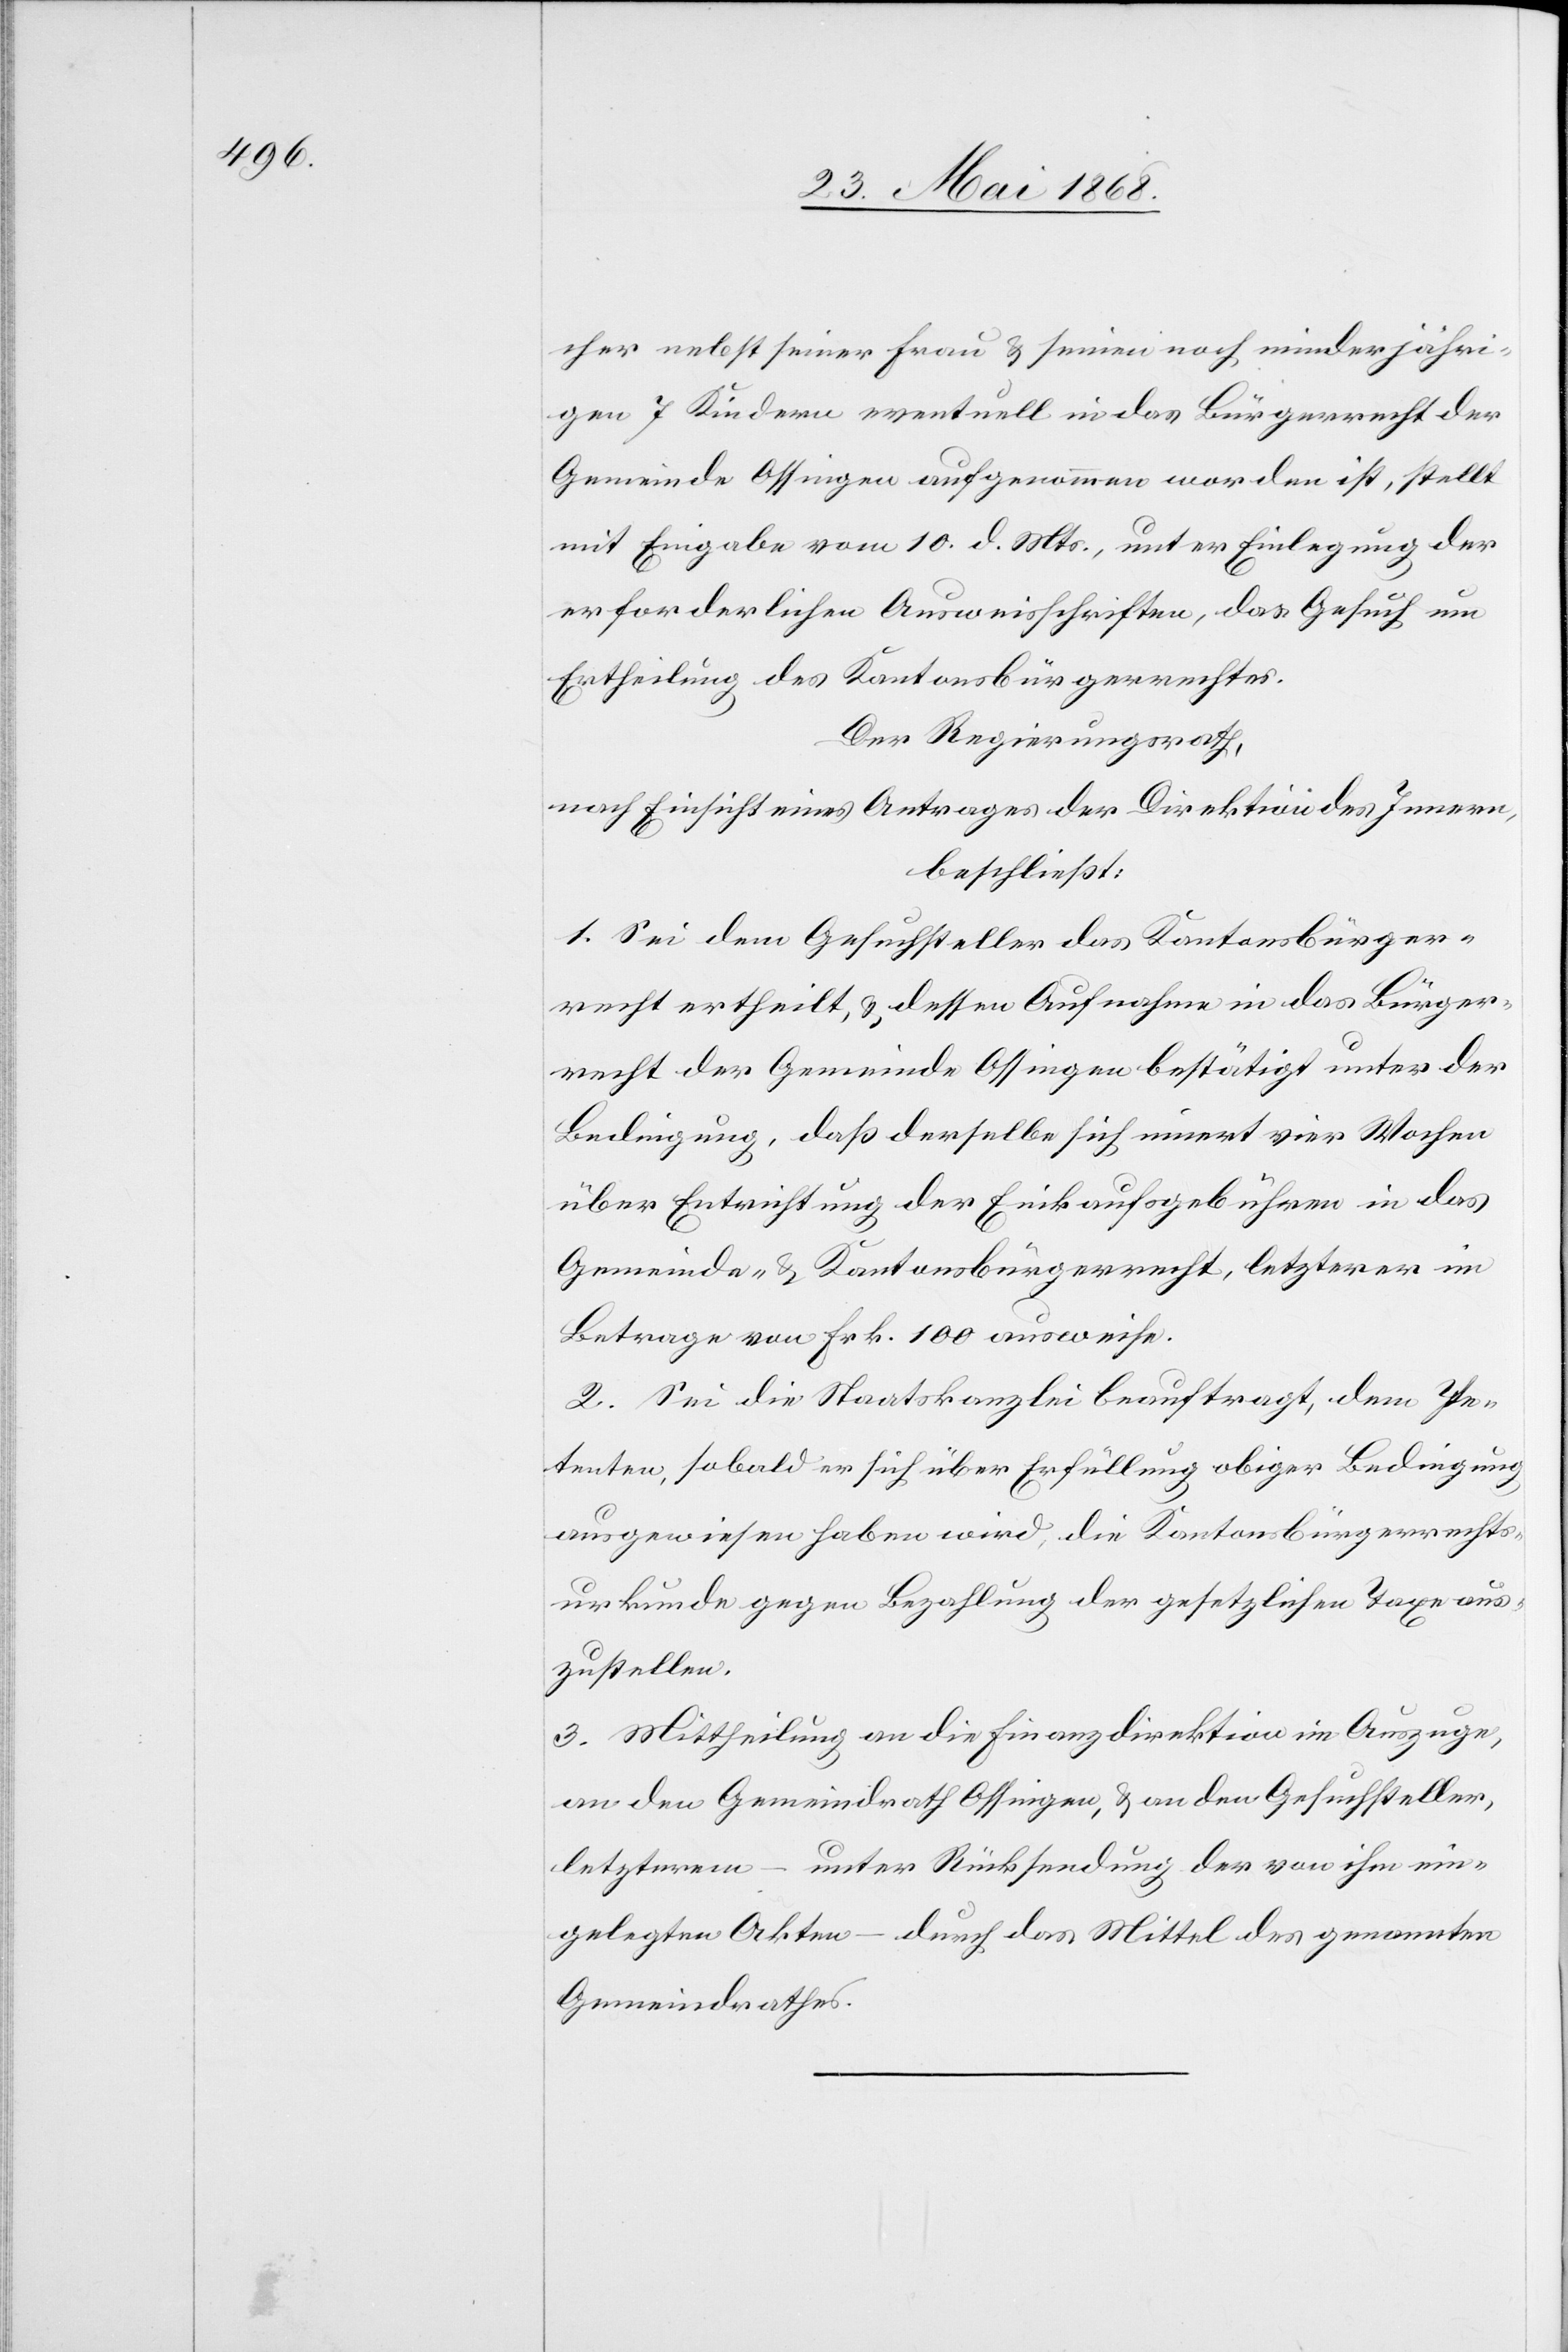
cher nebst seiner Frau & seinen noch minderjähri¬
gen 7 Kindern eventuell in das Bürgerrecht der
Gemeinde Ossingen aufgenommen worden ist, stellt
mit Eingabe vom 10. d. Mts., unter Einlegung der
erforderlichen Ausweisschriften, das Gesuch um
Ertheilung des Kantonsbürgerrechtes.
Der Regierungsrath,
nach Einsicht eines Antrages der Direktion des Innern,
beschließt:
1. Sei dem Gesuchsteller das Kantonsbürger¬
recht ertheilt, & dessen Aufnahme in das Bürger¬
recht der Gemeinde Ossingen bestätigt unter der
Bedingung, daß derselbe sich innert vier Wochen
über Entrichtung der Einkaufsgebühren in das
Gemeinde- & Kantonsbürgerrecht, letzterer im
Betrage von Frk. 100 ausweise.
2. Sei die Staatskanzlei beauftragt, dem Pe¬
tenten, sobald er sich über Erfüllung obiger Bedingung
ausgewiesen haben wird, die Kantonsbürgerrechts¬
urkunde gegen Bezahlung der gesetzlichen Taxe aus¬
zustellen.
3. Mittheilung an die Finanzdirektion im Auszuge,
an den Gemeindrath Ossingen, & an den Gesuchsteller,
letzterem – unter Rücksendung der von ihm ein¬
gelegten Akten – durch das Mittel des genannten
Gemeindrathes.